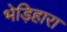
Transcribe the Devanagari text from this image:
भेड़िहारा